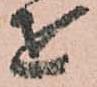
を